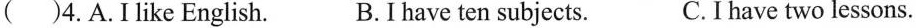
( )4.A.I like English. B.I have ten subjects. C.I have two lessons.